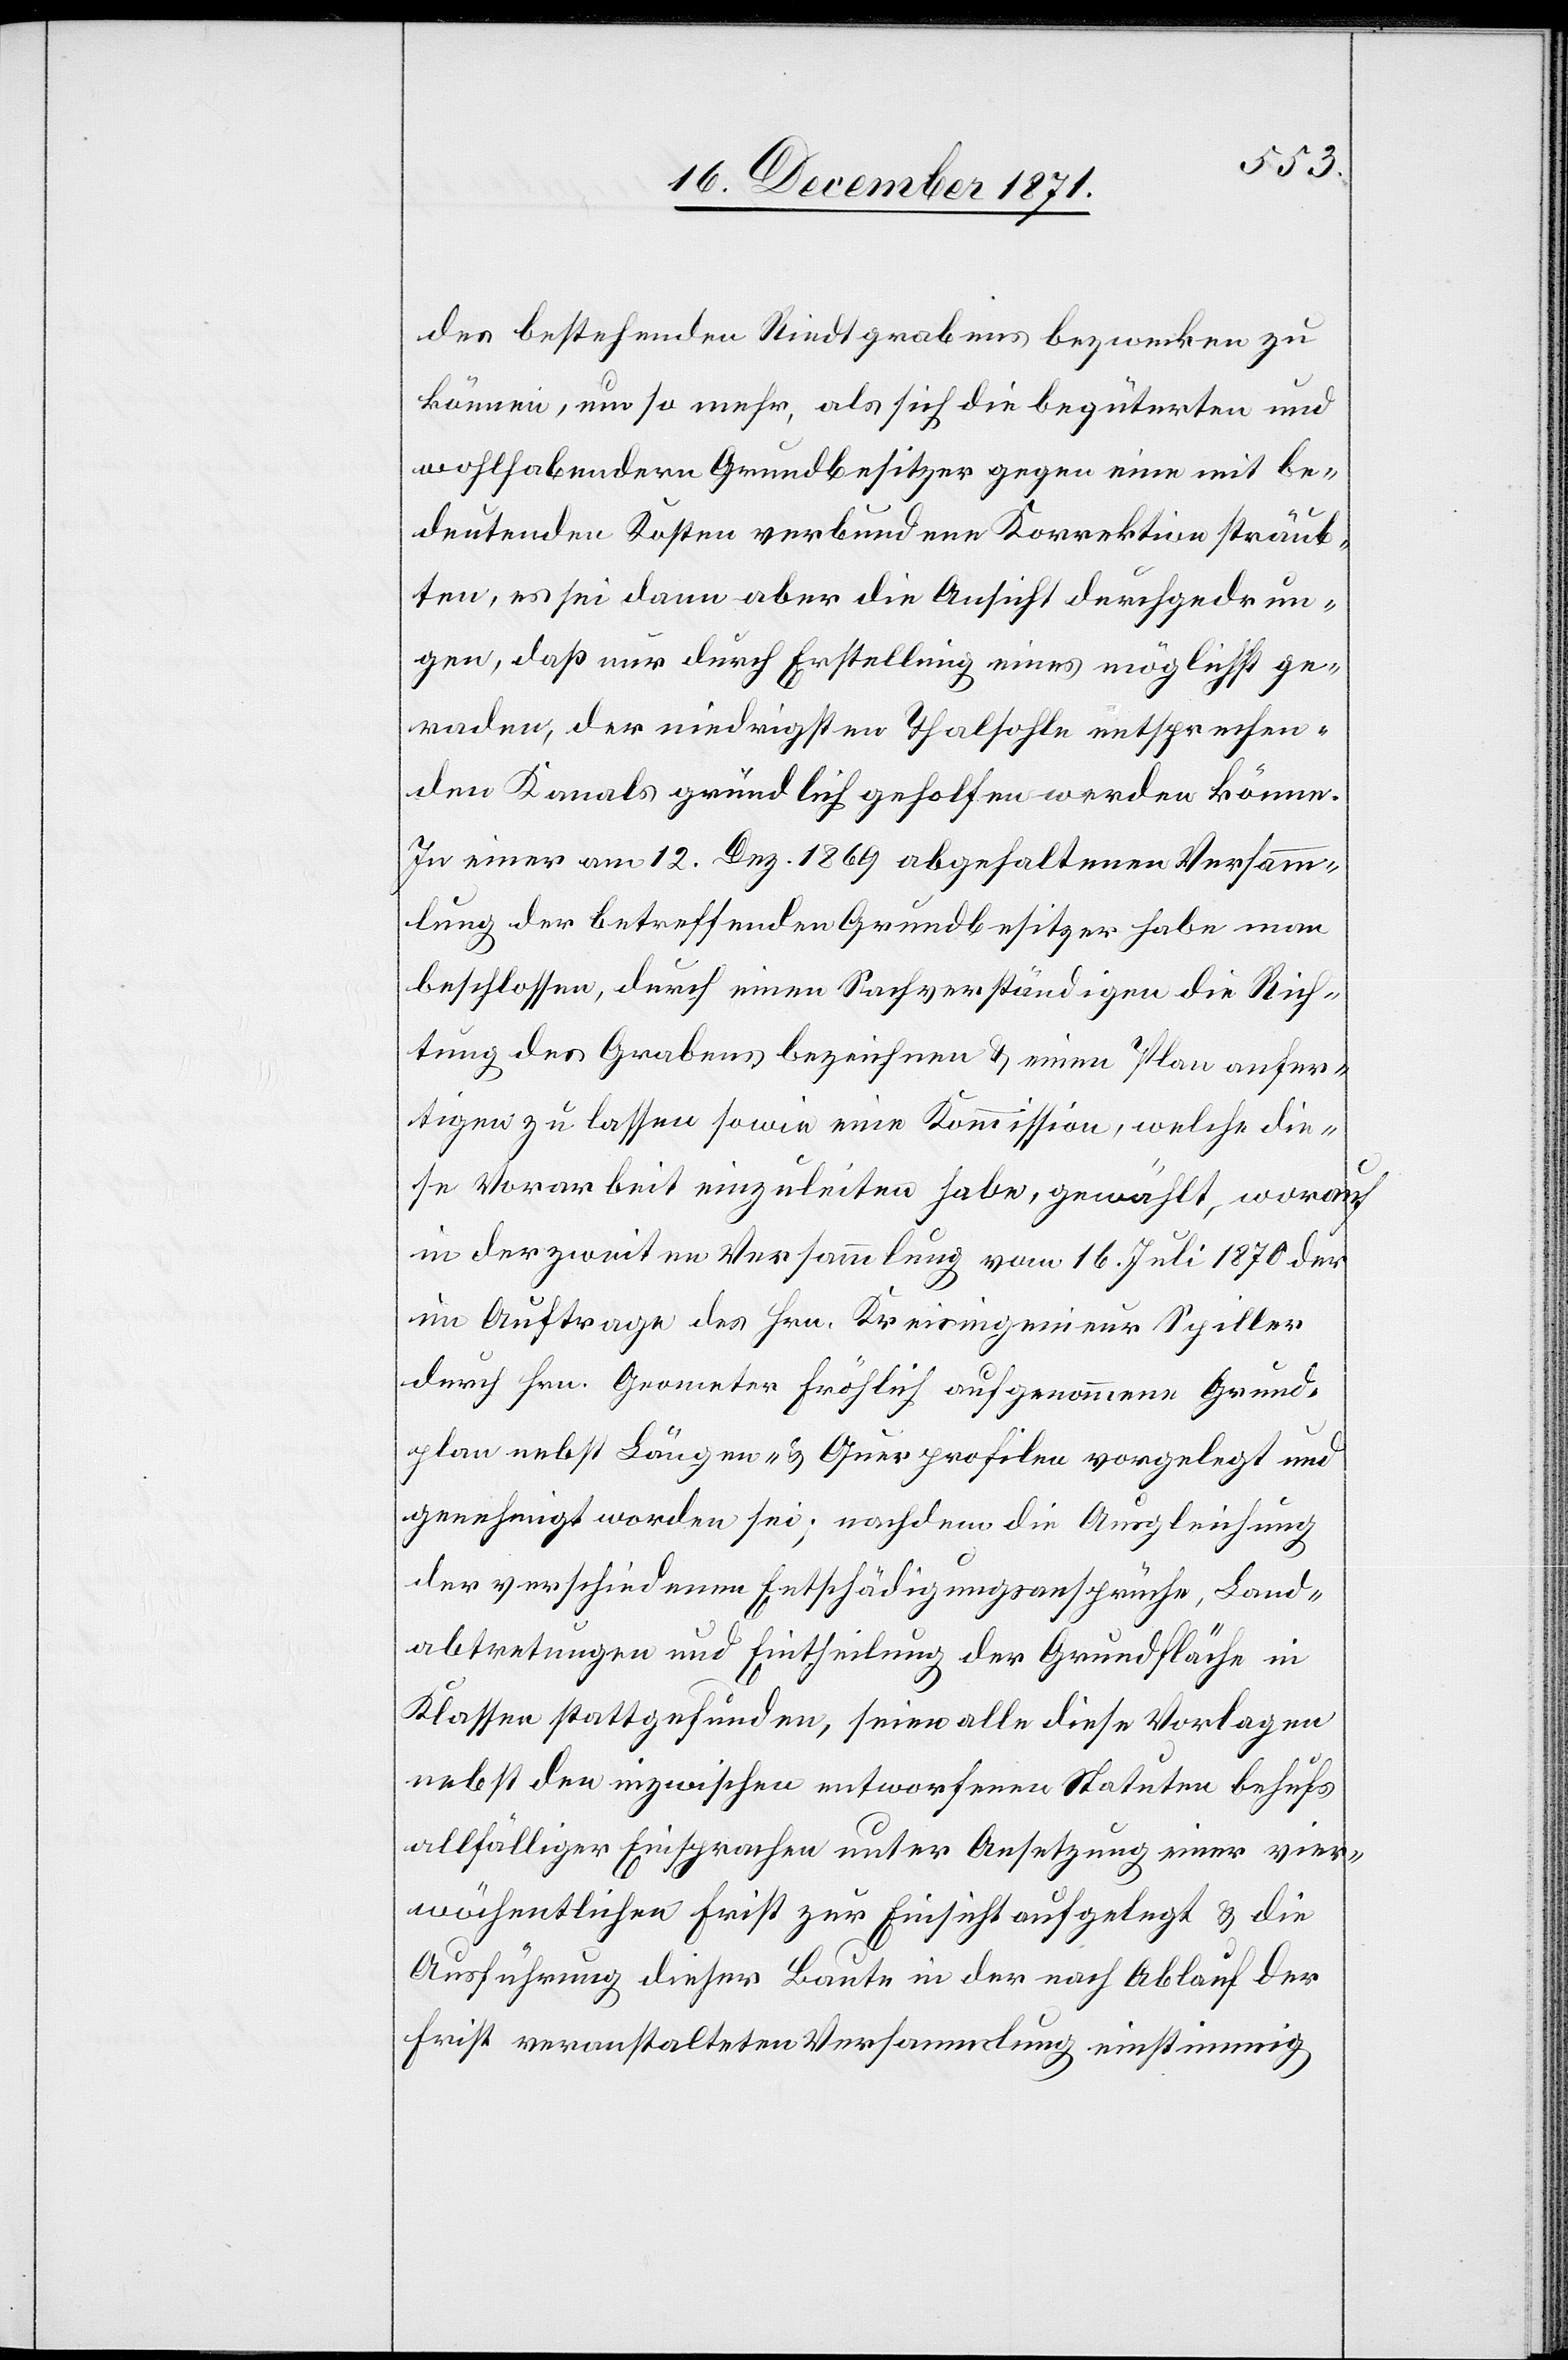
des betreffenden Rindtgrabens bezwecken zu
können, um so mehr, als sich die begüterten und
wohlhabendern Grundbesitzer gegen eine mit be¬
deutenden Kosten verbundenen Korrektion sträub¬
ten, es sei dann aber die Ansicht durchgedrun¬
gen, daß nur durch Erstellung eines möglichst ge¬
raden, der niedrigsten Thalsohle entsprechen¬
den Kanals gründlich geholfen werden könne.
In einer am 12. Dez. 1869 abgehaltenen Versamm¬
lung der betreffenden Grundbesitzer habe man
beschlossen, durch einen Sachverständigen die Rich¬
tung des Grabens bezeichnen & einen Plan anfer¬
tigen zu lassen sowie eine Kommission, welche die¬
se Vorarbeit einzuleiten habe, gewählt, worauf
in der zweiten Versammlung vom 16. Juli 1870 der
im Auftrage des Hrn. Kreisingenieur Spiller
durch Hrn. Geometer Fröhlich aufgenommene Grund¬
plan nebst Längen- & Querprofilen vorgelegt und
genehmigt worden sei; nachdem die Ausgleichung
der verschiedenen Entschädigungsansprüche, Land¬
abtretungen und Eintheilung der Grundfläche in
Klassen stattgefunden, seien alle diese Vorlagen
nebst den inzwischen entworfenen Statuten behufs
allfälliger Einsprachen unter Ansetzung einer vier¬
wöchentlichen Frist zur Einsicht aufgelegt & die
Ausführung dieser Baute in der nach Ablauf der
Frist veranstalteten Versammlung einstimmig